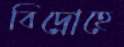
বিদ্রোহে